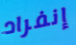
إنفراد